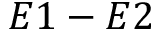
E 1 - E 2